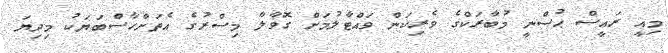
މިއީ ރައީސް ޙުސްނީ މުބާރަކްގެ ވެރިކަން ވައްޓާލުމަށް ގޮވާލާ މިސްރުގެ އެތަށްހާސްބަޔަކު މިދިޔަ